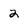
Character: 2